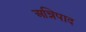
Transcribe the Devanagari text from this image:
अन्निपाद